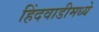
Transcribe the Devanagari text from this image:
हिंदवाडीमध्ये